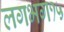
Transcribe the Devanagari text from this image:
लगभग१५